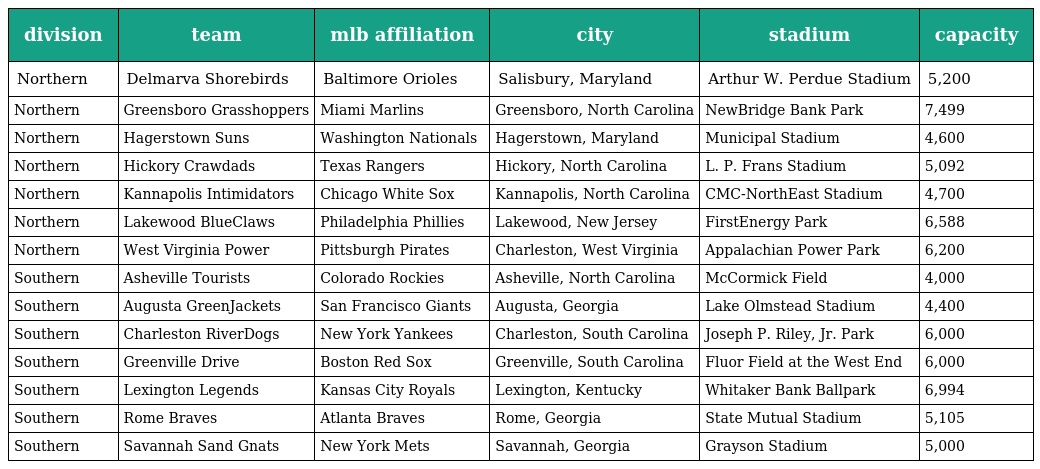
| division | team | mlb affiliation | city | stadium | capacity |
 | --- | --- | --- | --- | --- | --- |
 | Northern | Delmarva Shorebirds | Baltimore Orioles | Salisbury, Maryland | Arthur W. Perdue Stadium | 5,200 |
 | Northern | Greensboro Grasshoppers | Miami Marlins | Greensboro, North Carolina | NewBridge Bank Park | 7,499 |
 | Northern | Hagerstown Suns | Washington Nationals | Hagerstown, Maryland | Municipal Stadium | 4,600 |
 | Northern | Hickory Crawdads | Texas Rangers | Hickory, North Carolina | L. P. Frans Stadium | 5,092 |
 | Northern | Kannapolis Intimidators | Chicago White Sox | Kannapolis, North Carolina | CMC-NorthEast Stadium | 4,700 |
 | Northern | Lakewood BlueClaws | Philadelphia Phillies | Lakewood, New Jersey | FirstEnergy Park | 6,588 |
 | Northern | West Virginia Power | Pittsburgh Pirates | Charleston, West Virginia | Appalachian Power Park | 6,200 |
 | Southern | Asheville Tourists | Colorado Rockies | Asheville, North Carolina | McCormick Field | 4,000 |
 | Southern | Augusta GreenJackets | San Francisco Giants | Augusta, Georgia | Lake Olmstead Stadium | 4,400 |
 | Southern | Charleston RiverDogs | New York Yankees | Charleston, South Carolina | Joseph P. Riley, Jr. Park | 6,000 |
 | Southern | Greenville Drive | Boston Red Sox | Greenville, South Carolina | Fluor Field at the West End | 6,000 |
 | Southern | Lexington Legends | Kansas City Royals | Lexington, Kentucky | Whitaker Bank Ballpark | 6,994 |
 | Southern | Rome Braves | Atlanta Braves | Rome, Georgia | State Mutual Stadium | 5,105 |
 | Southern | Savannah Sand Gnats | New York Mets | Savannah, Georgia | Grayson Stadium | 5,000 |